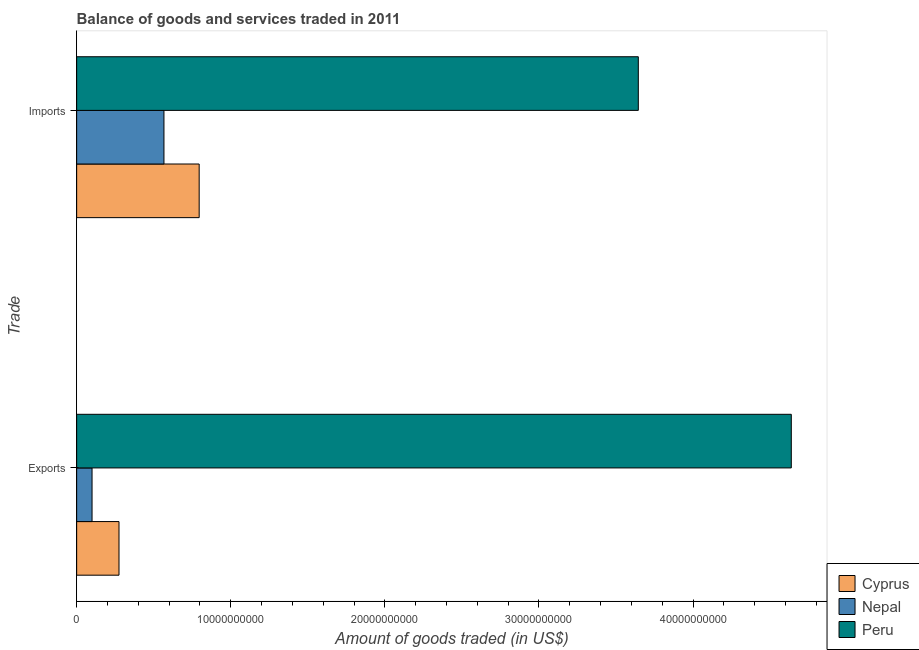
| Trade | Cyprus | Nepal | Peru |
 | --- | --- | --- | --- |
 | Exports | 2.75e+09 | 9.99e+08 | 4.64e+10 |
 | Imports | 7.95e+09 | 5.67e+09 | 3.64e+10 |